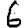
Digit: 6